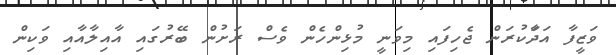
ވަޒީފާ އަދަާކުރަން ޖެހިފައި މިވަނީ މުޅިންހެން ވެސް ރަށުން ބޭރުގައި އާއިލާއާއި ވަކިން